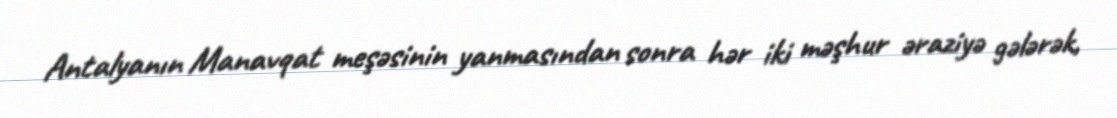
Antalyanın Manavqat meşəsinin yanmasından sonra hər iki məşhur əraziyə gələrək,